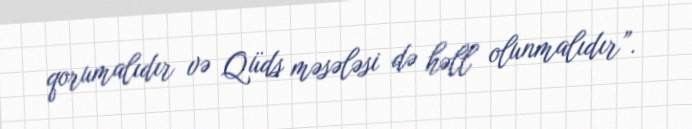
qorumalıdır və Qüds məsələsi də həll olunmalıdır”.